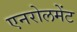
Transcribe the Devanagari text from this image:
एनरोलमेंट